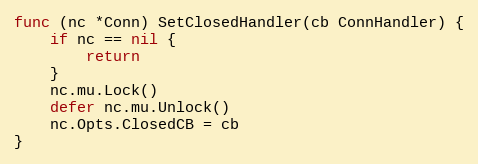
Language: Go
func (nc *Conn) SetClosedHandler(cb ConnHandler) {
	if nc == nil {
		return
	}
	nc.mu.Lock()
	defer nc.mu.Unlock()
	nc.Opts.ClosedCB = cb
}